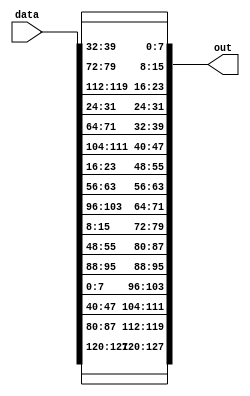
`timescale 1ns / 1ns

module shift(data,
             out);
    
    input [127:0] data;
    output [127:0] out;
    
    
    // 0 row : <<< 0
    assign out[127-:8]      = data[127-:8];
    assign out[(127-32)-:8] = data[(127-32)-:8];
    assign out[(127-64)-:8] = data[(127-64)-:8];
    assign out[(127-96)-:8] = data[(127-96)-:8];
    
    // 1 row : <<< 1
    assign out[(127-8)-:8]   = data[(127-40)-:8];
    assign out[(127-40)-:8]  = data[(127-72)-:8];
    assign out[(127-72)-:8]  = data[(127-104)-:8];
    assign out[(127-104)-:8] = data[(127-8)-:8];
    
    // 2 row : <<< 2
    assign out[(127-16)-:8]  = data[(127-80)-:8];
    assign out[(127-48)-:8]  = data[(127-112)-:8];
    assign out[(127-80)-:8]  = data[(127-16)-:8];
    assign out[(127-112)-:8] = data[(127-48)-:8];
    
    // 3 row : <<< 3
    assign out[(127-24)-:8]  = data[(127-120)-:8];
    assign out[(127-56)-:8]  = data[(127-24)-:8];
    assign out[(127-88)-:8]  = data[(127-56)-:8];
    assign out[(127-120)-:8] = data[(127-88)-:8];
    
    
    
endmodule